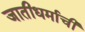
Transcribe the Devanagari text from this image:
जातीधर्माची